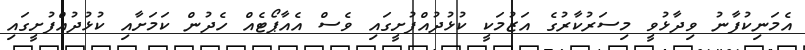
އެމަނިކުފާނު ވިދާޅުވީ މިސަރުކާރުގެ އަޒުމަކީ ކުޅުދުއްފުށީގައި ވެސް އެއާޕޯޓެއް ހެދުން ކަމަށާއި ކުޅުދުއްފުށީގައި